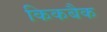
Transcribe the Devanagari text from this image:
किकबैक